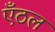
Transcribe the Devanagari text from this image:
एँठल